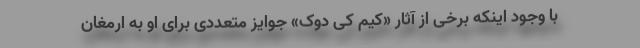
با وجود اینکه برخی از آثار «کیم کی دوک» جوایز متعددی برای او به ارمغان